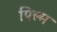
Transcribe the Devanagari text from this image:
पिल्म